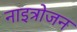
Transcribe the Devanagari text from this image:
नाइत्रोजन